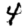
Digit: 4